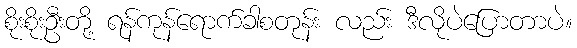
စိုးစိုးဦးတို့ ရန်ကုန်ရောက်ခါစတုန်း လည်း ဒီလိုပဲပြောတာပဲ။